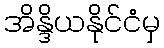
အိန္ဒိယနိုင်ငံမှ